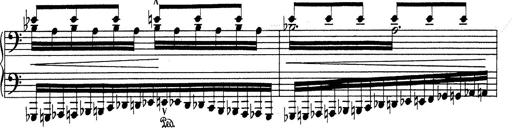
Title: RÃ©miniscences de Don Juan
Composer: Franz Liszt